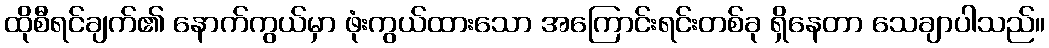
ထိုစီရင်ချက်၏ နောက်ကွယ်မှာ ဖုံးကွယ်ထားသော အကြောင်းရင်းတစ်ခု ရှိနေတာ သေချာပါသည်။